Annual administration and progress report of the Indian Medical Department, Bombay
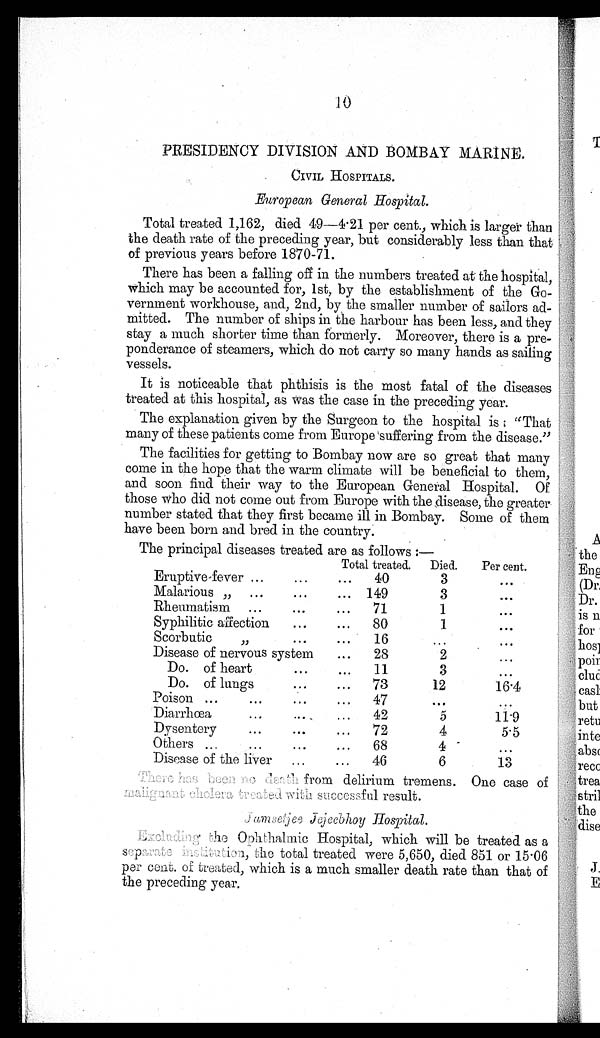
10
PRESIDENCY DIVISION AND BOMBAY MARINE.
CIVIL HOSPITALS.
European General Hospital.
Total treated 1,162, died 49—4.21 per cent., which is larger than
the death rate of the preceding year, but considerably less than that
of previous years before 1870-71.
There has been a falling off in the numbers treated at the hospital,
which may be accounted for, 1st, by the establishment of the Go-
vernment workhouse, and, 2nd, by the smaller number of sailors ad-
mitted. The number of ships in the harbour has been less, and they
stay a much shorter time than formerly. Moreover, there is a pre-
ponderance of steamers, which do not carry so many hands as sailing
vessels.
It is noticeable that phthisis is the most fatal of the diseases
treated at this hospital, as was the case in the preceding year.
The explanation given by the Surgeon to the hospital is: "That
many of these patients come from Europe suffering from the disease."
The facilities for getting to Bombay now are so great that many
come in the hope that the warm climate will be beneficial to them,
and soon find their way to the European General Hospital. Of
those who did not come out from Europe with the disease, the greater
number stated that they first became ill in Bombay. Some of them
have been born and bred in the country.
The principal diseases treated are as follows:—
Eruptive-fever ...
...
Total treated.
Died.
Per cent.
...
40
3
...
Malarious „ ...
...
... 149
3
. . .
Rheumatism ...
...
...
71
1
. . .
Syphilitic affection
...
...
80
1
. . .
Scorbutic ,,
...
...
16
. . .
. . .
Disease of nervous system
...
28
2
...
Do. of heart
. . .
...
11
3
...
Do. of lungs
. . .
...
73
12
16.4
Poison
. . . ...
...
. . .
4 7
. . .
...
Diarrhœa
...
..._
. . .
42
5
11.9
Dysentery
...
...
...
72
4
5.5
Others ...
...
...
...
68
4
...
Disease of the liver ...
. . . 46
6
13
There has been no death from delirium tremens. One case of
malignant cholera treated with successful result.
Jamsetjee Jejeebhoy Hospital .
Excluding the Ophthalmic Hospital, which will be treated as a
separate institution, the total treated were 5,650, died 851 or 15.06
per cent. of treated, which is a much smaller death rate than that of
the preceding year.